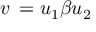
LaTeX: v \, = u _ { 1 } \beta u _ { 2 }